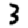
Digit: 3